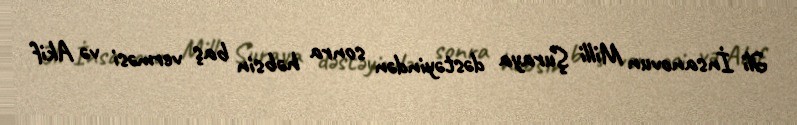
Əli İnsanovun Milli Şuraya dəstəyindən sonra həbsin baş verməsi və Akif